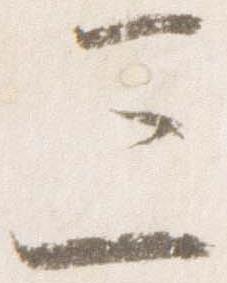
三